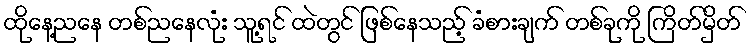
ထိုနေ့ညနေ တစ်ညနေလုံး သူ့ရင် ထဲတွင် ဖြစ်နေသည့် ခံစားချက် တစ်ခုကို ကြိတ်မှိတ်